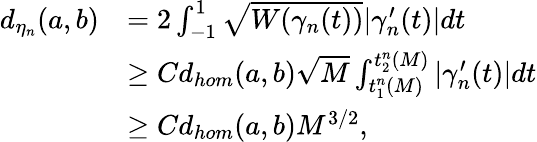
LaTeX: \begin{array}{rl}{d_{\eta_{n}}(a,b)}&{=2\int_{-1}^{1}\sqrt{W(\gamma_{n}(t))}|\gamma_{n}^{\prime}(t)|dt}\\ &{\geq Cd_{hom}(a,b)\sqrt{M}\int_{t_{1}^{n}(M)}^{t_{2}^{n}(M)}|\gamma_{n}^{\prime}(t)|dt}\\ &{\geq Cd_{hom}(a,b)M^{3/2},}\end{array}